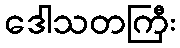
ဒေါသတကြီး